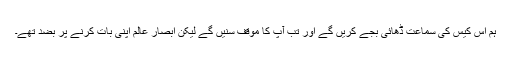
ہم اس کیس کی سماعت ڈھائی بجے کریں گے اور تب آپ کا موقف سنیں گے لیکن ابصار عالم اپنی بات کرنے پر بضد تھے۔